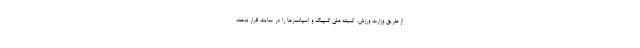
از طریق وزارت ورزش، کمیته ملی المپیک و اسپانسرها را در سایت قرار بدهند